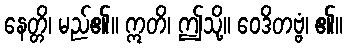
နေတ္တိ၊ မည်၏။ ဣတိ၊ ဤသို့။ ဝေဒိတဗ္ဗံ၊ ၏။